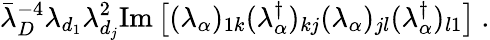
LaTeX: {\bar{\lambda}}_{D}^{-4}\lambda_{d_{1}}\lambda_{d_{j}}^{2}\mathrm{Im}\left[(\lambda_{\alpha})_{1k}(\lambda_{\alpha}^{\dagger})_{kj}(\lambda_{\alpha})_{jl}(\lambda_{\alpha}^{\dagger})_{l1}\right]~.